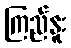
ကြည်နူး